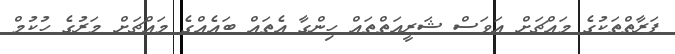
ފަރާތްތަކުގެ މައްޗަށް އަވަސް ޝަރީއަތްތައް ހިންގާ އެތައް ބައެއްގެ މައްޗަށް މަރުގެ ހުކުމް